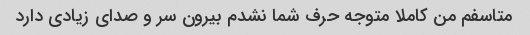
متاسفم من کاملا متوجه حرف شما نشدم بیرون سر و صدای زیادی دارد